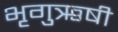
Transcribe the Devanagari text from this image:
भृगुऋषी